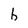
Character: h